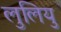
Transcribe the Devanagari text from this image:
लुलियु